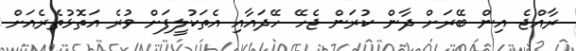
ރާއްޖެ އިން ބޭރަށް ދާން ކުރަން ޖެހޭ ހޭދައާއި އެތަކުލީފަށް ވުރެ އަތޮޅުތެރެއަށް